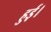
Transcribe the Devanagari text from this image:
हुई़़।